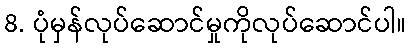
8. ပုံမှန်လုပ်ဆောင်မှုကိုလုပ်ဆောင်ပါ။